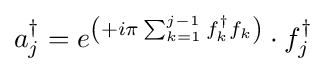
a_{j}^{\dagger }=e^{\left(+i\pi \sum _{k=1}^{j-1}f_{k}^{\dagger }f_{k}\right)}\cdot f_{j}^{\dagger }